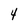
Character: 4